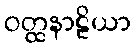
ဝတ္ထနာဠိယာ